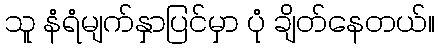
သူ နံရံမျက်နှာပြင်မှာ ပုံ ချိတ်နေတယ်။